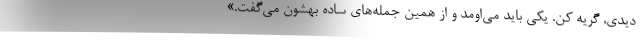
ديدي، گريه كن. يكي بايد مي‌اومد و از همين جمله‌هاي ساده بهشون مي‌گفت.»